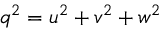
q ^ { 2 } = u ^ { 2 } + v ^ { 2 } + w ^ { 2 }